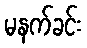
မနက်ခင်း